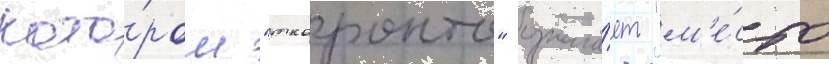
кото́ром "ткаронто" означа́ет "м'е́сто